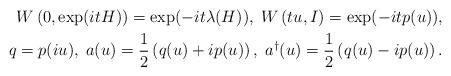
LaTeX: \begin{align*}W\left(0,\exp(i t H)\right) = \exp(-it\lambda(H)) ,\; W\left(tu,I\right) = \exp(-itp(u)), \\ q = p(iu) ,\; a(u)=\frac{1}{2}\left(q(u)+ip(u)\right) ,\; a^{\dagger}(u)=\frac{1}{2}\left(q(u)-ip(u)\right).\end{align*}